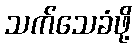
သက်သေခံဖို့